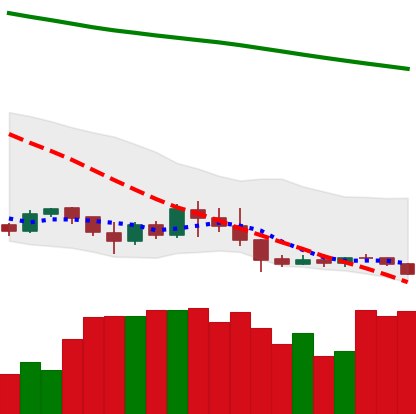
Ticker: XLM-USD
Chart end date: 2019-09-05
Forward return: -3.454%
Label: down_3_5